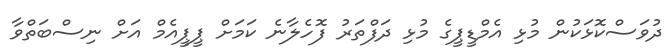
ދުވަސްކޮޅަކުން މުޅި އެމްޑީޕީގެ މުޅި ދަފްތަރު ފޮހެލާނެ ކަމަށް ޕީޕީއެމް އަށް ނިސްބަތްވާ